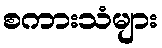
စကားသံများ